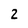
Character: 2